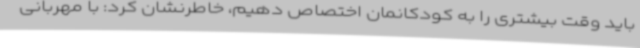
باید وقت بیشتری را به کودکانمان اختصاص دهیم، خاطرنشان کرد: با مهربانی